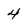
Character: 4